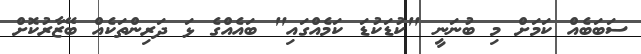
ސަބަބެއް ކަމަށް މި ބުނަނީ "ކުޑަކުޑަ ކަމެއްގައި" ބައެއްގެ ޅަ ދަރިންތަކެއް ބޭޒާރުކޮށް